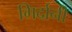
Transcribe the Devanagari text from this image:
गिर्दानी